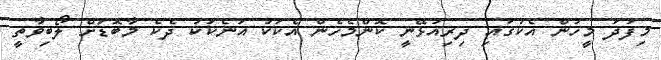
މިފަދަ މީހުން އެކުގައި ދިރިއުޅޭނީ ކޮންމެހެން އެކަކު އަނެކަކު ދެކެ މާބޮޑަށް ލޯބިވާތީ